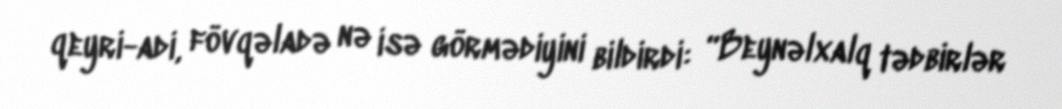
qeyri-adi, fövqəladə nə isə görmədiyini bildirdi: “Beynəlxalq tədbirlər